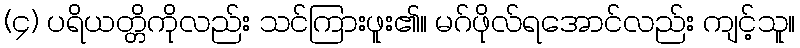
(၄) ပရိယတ္တိကိုလည်း သင်ကြားဖူး၏။ မဂ်ဖိုလ်ရအောင်လည်း ကျင့်သူ။